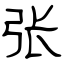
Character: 张